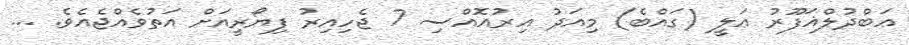
ޢަބްދުލްޣަފޫރު ޢަލީ (ގައްބެ) މިއަދު އިރުއޮއްސި 7 ޖެހިއިރު ފިޔޯރީއަށް އަތުވެއްޖެއެވެ. ...